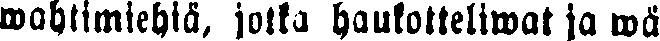
wahtimiehiä, jotka haukotteliwat ja wä